Torma_(Votikvere)_vallavalitsus, lk 79
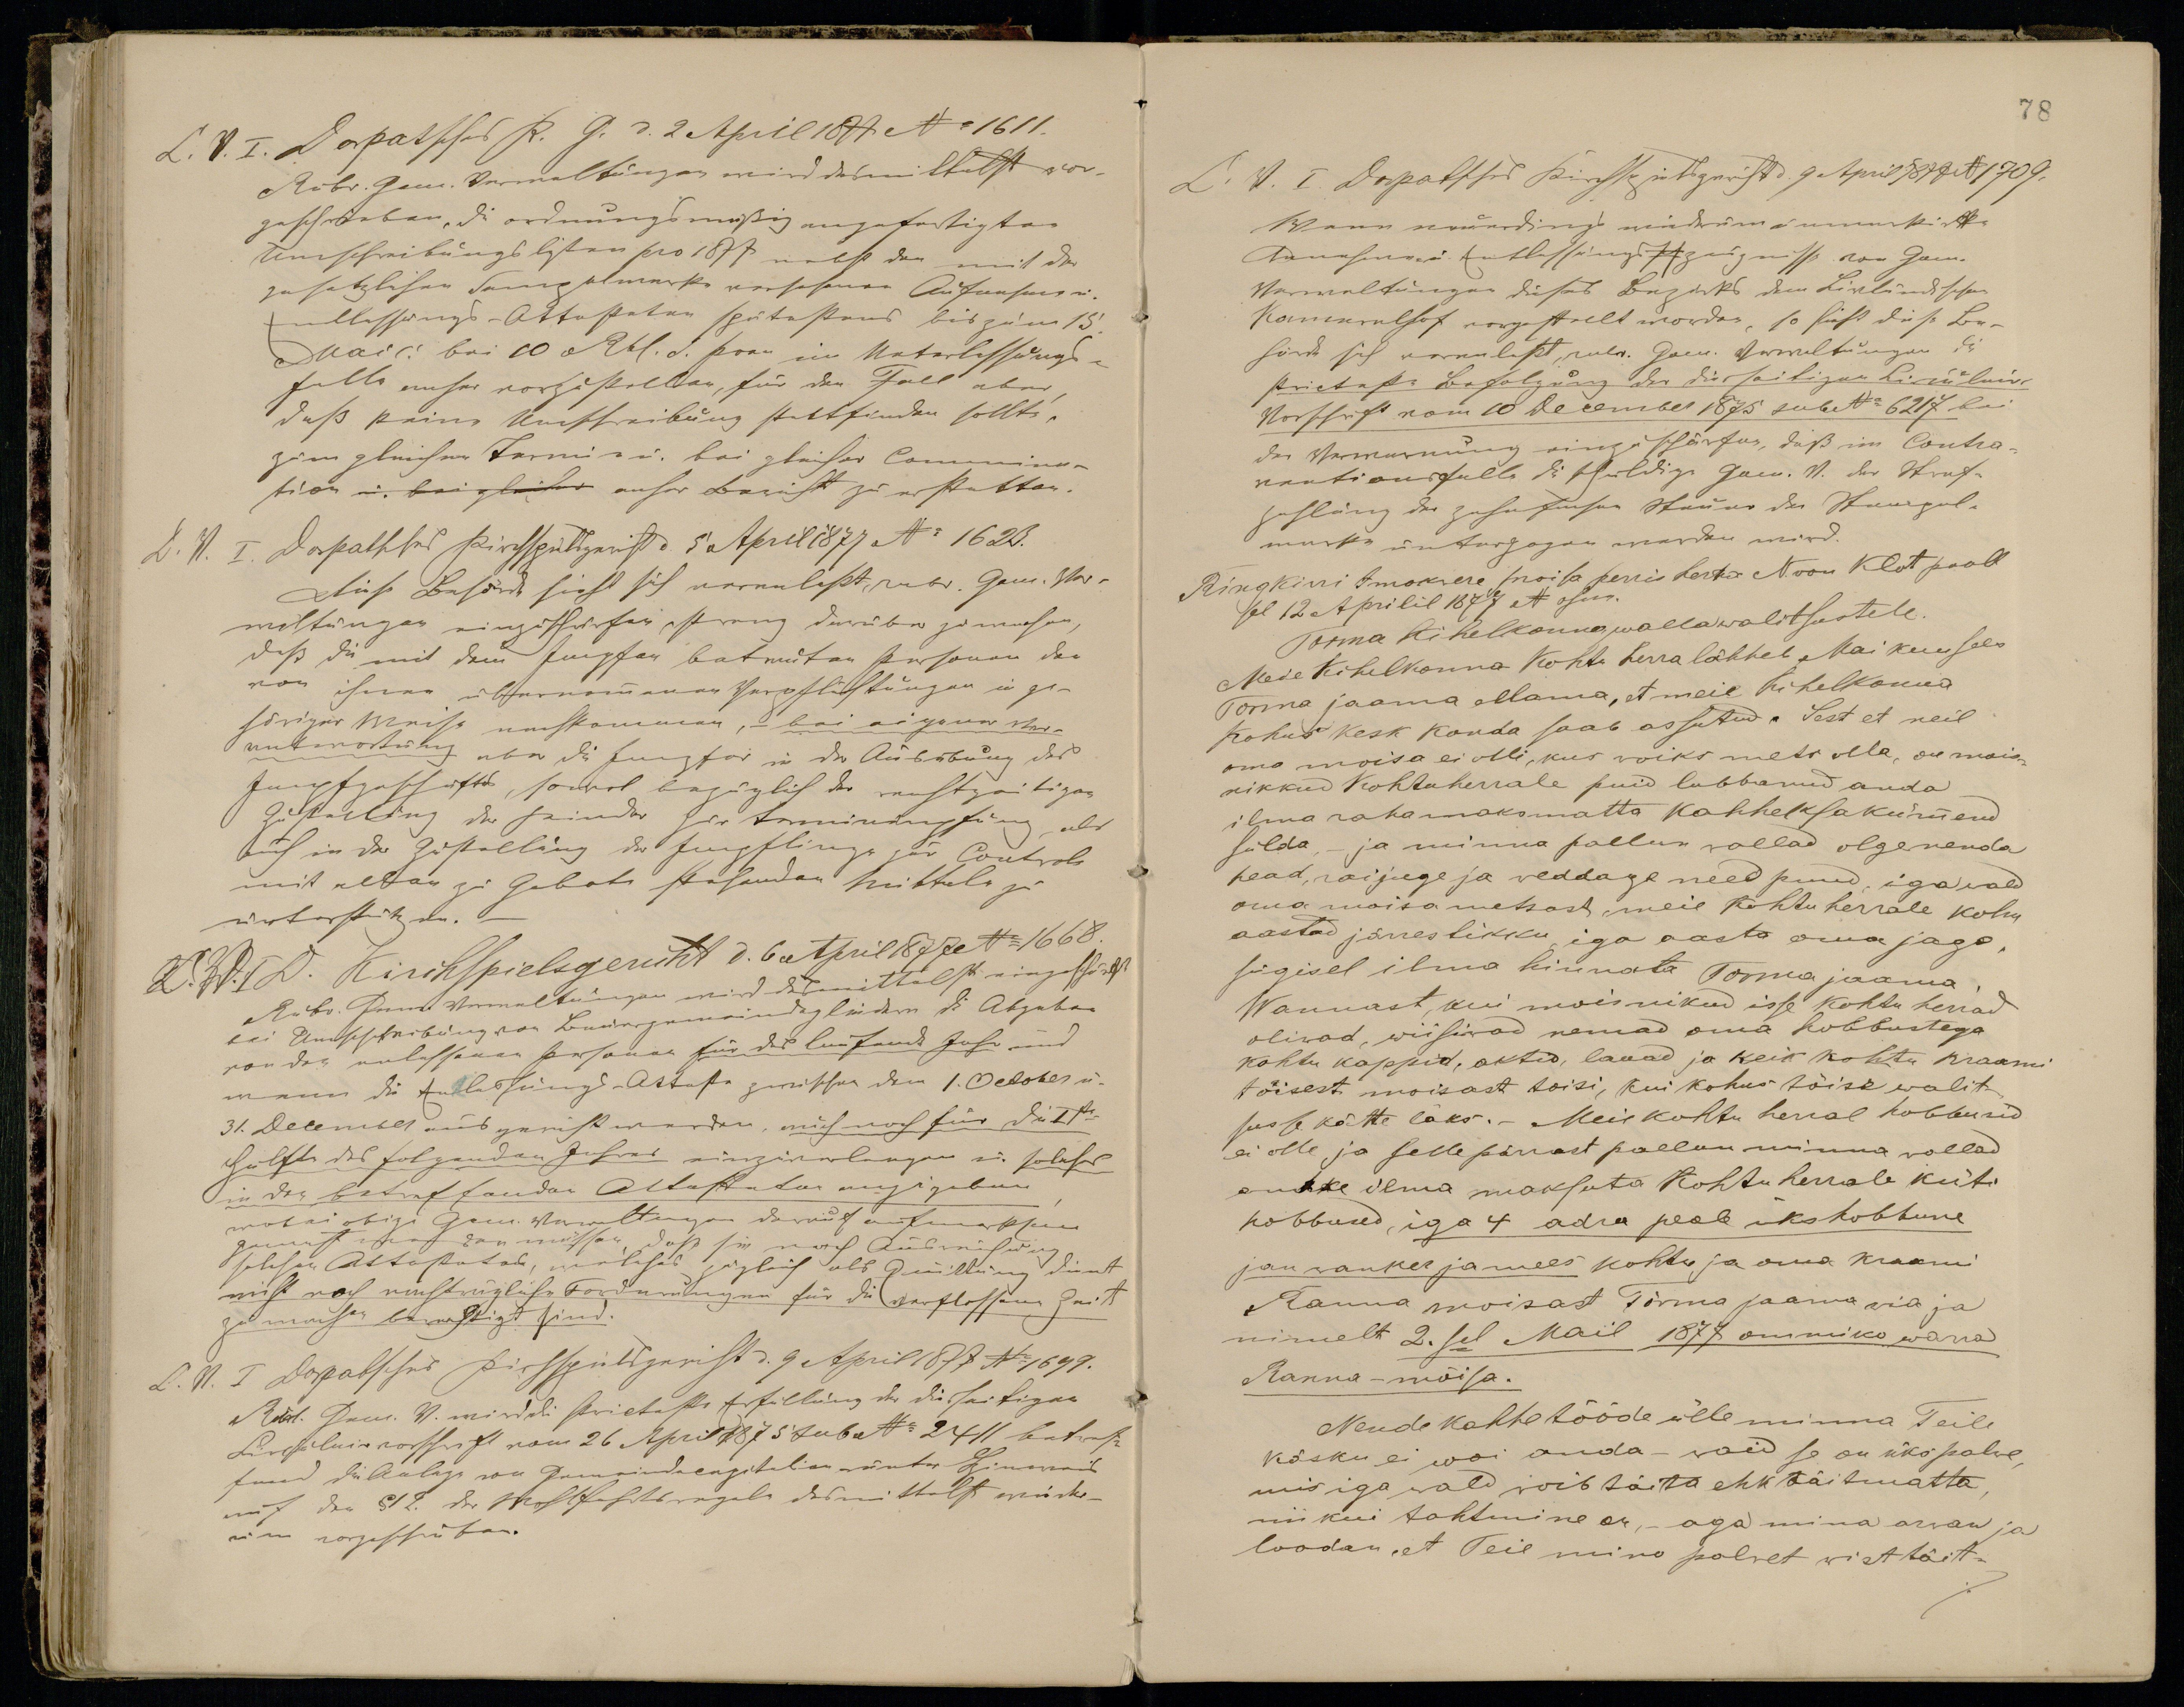
Ringkiri Imokvere moisa perris herra Von Klot poolt
sel 12 Aprilil 1877 N ohne
Torma Kihelkonna wallawalitsustele.
Mede Kihelkonna Kohtu herra lähheb Mai kuu sees
Torma jaama ellama, et meil kihelkonna
kohus kesk konda saab assutud. Sest et neil
oma moisa ei olli, kus woiks mets olla, on  mois-
nikkud Kohtuherrale puid lubbanud, anda
ilma rahamaksmatta kahheksakümmend
sülda, ja minna pallun wallad olge nenda
head, raijuge ja weddage need puud, iga wald
oma moisa metsast meie kohtu herrale kolm
aastad järrestikku, iga aasta oma jago.
sügisel ilma hinnata Torma jaama,
Wannast, kui moisnikud isse kohtu herrad
oliwad wiisiwad nemad oma hobbustega
kohtu kappid, aktid, lauad ja keik kohtu kraami
tõisest moisast toisi, kui kohus tõise walit-
susse kätte läks. - Meie kohtu herral hobbusid
ei olle ja sellepärrast pallun minna wallad
andke ilma maksuta Kohtuherrale küti
hobbused, iga 4 adra peale üks hobbune
jauwanker ja mees kohto ja oma kraami
Ranna moisast Torma jaama wia ja
nimelt 2.sel Mail 1877 ommiko wana
Ranna - mõisa.
Nende kahhe tööde ülle minna Teile
käsku ei woi anda - waid se on üks palwe,
mis iga wald woib täita ehk täitmatta,
nii kui tahtmine on aga mina arwan ja
loodan, et Teil minu palwet wist täit-